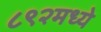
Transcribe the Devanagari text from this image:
८९२मध्ये